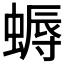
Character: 𧏯